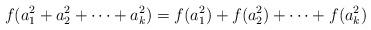
LaTeX: \begin{align*}f(a_1^2 + a_2^2 + \dotsb + a_k^2) = f(a_1^2) + f(a_2^2) + \dotsb + f(a_k^2)\end{align*}